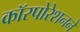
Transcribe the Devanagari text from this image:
काॅरपोरेशनने